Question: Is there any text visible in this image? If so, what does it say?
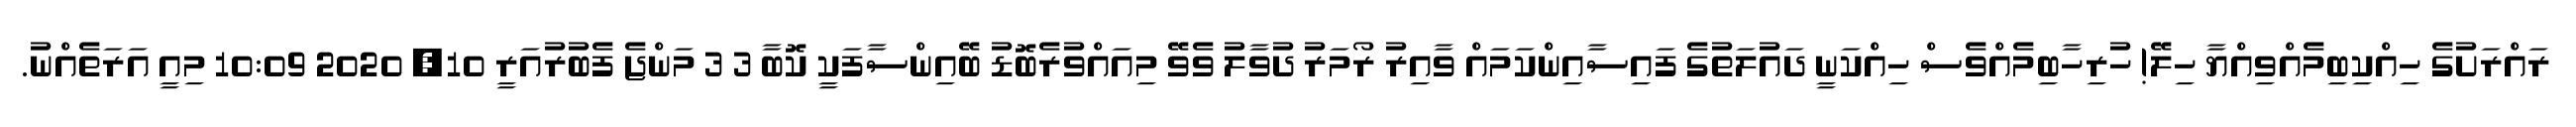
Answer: ރައްރަށުގެ ހިއްކިބިމެއްވިއްޔާ ހިލޭ! ހުރިހާބިމެއްވެސް ހިއްކަނީ ދައުލަތުގެ ފައިސާއިންކަމައް ވާއިރު ރޯމަރު ދުވާލު ވެވޭ މިއައްވުރެބޮޑު ބޭއިންސާފަކީ ކޮބާ 3 3 މަންޖެ ފެބުރުއަރީ 10, 2020 10:09 މިއީ އަރަތެއްނު.